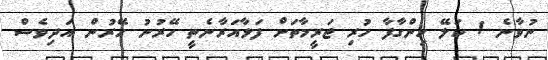
ނުވާނެ ! ކަލޭ ހިންގާފާ ހުރި ޖަރީމާތަށް ފަޅާއަރާނެތީ ހޭރުނު ހޭރުން އަދިވެސް